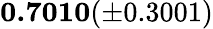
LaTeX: \mathbf{0.7010}(\pm 0.3001)